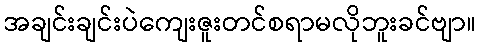
အချင်းချင်းပဲကျေးဇူးတင်စရာမလိုဘူးခင်ဗျာ။